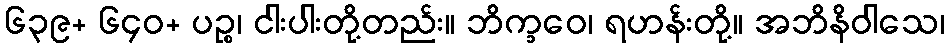
၆၃၉+ ၆၄၀+ ပဉ္စ၊ ငါးပါးတို့တည်း။ ဘိက္ခဝေ၊ ရဟန်းတို့။ အဘိနိဝါသေ၊